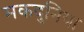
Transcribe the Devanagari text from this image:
मकदुनिया